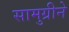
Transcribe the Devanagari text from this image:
सामुग्रीने